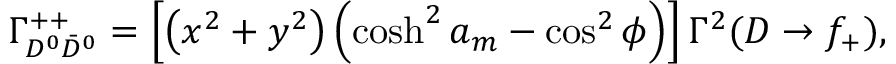
\Gamma _ { D ^ { 0 } \bar { D } ^ { 0 } } ^ { + + } = \left[ \left( x ^ { 2 } + y ^ { 2 } \right) \left( \cosh ^ { 2 } a _ { m } - \cos ^ { 2 } \phi \right) \right] \Gamma ^ { 2 } ( D \to f _ { + } ) ,